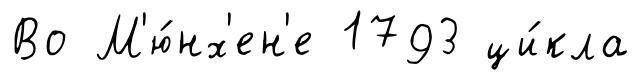
Во М'ю́нх'ен'е 1793 ци́кла